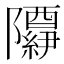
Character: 𬯢